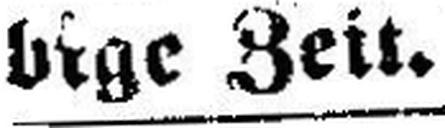
bige Zeit.